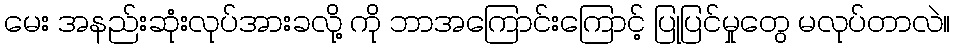
မေး အနည်းဆုံးလုပ်အားခလို့ ကို ဘာအကြောင်းကြောင့် ပြုပြင်မှုတွေ မလုပ်တာလဲ။